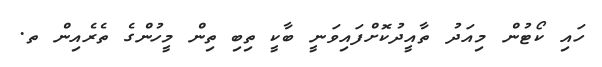
ހައި ކޯޓުން މިއަދު ތާއީދުކޮށްފައިވަނީ ބާކީ ތިބި ތިން މީހުންގެ ތެރެއިން ތ.